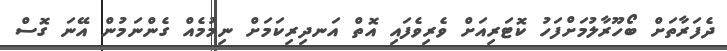
ދެފަރާތަށް ބޯހޫރާލުމަށްފަހު ކޮޓަރިއަށް ވެރިވެފައި އޮތް އަނދިރިކަމަށް ނިމުމެއް ގެންނަމުން އޭނަ ގޮސް